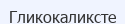
Гликокаликсте